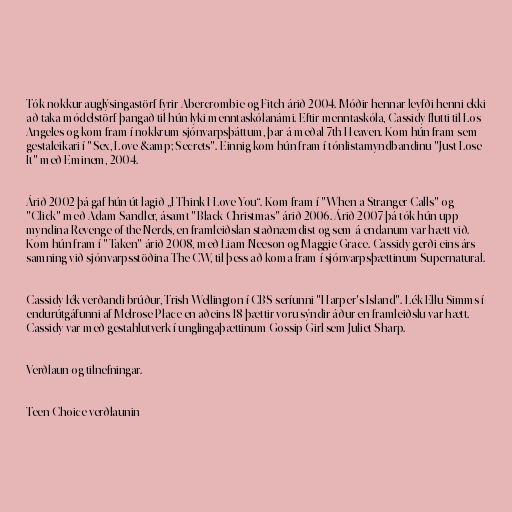
Tók nokkur auglýsingastörf fyrir Abercrombie og Fitch árið 2004. Móðir hennar leyfði henni ekki
að taka módelstörf þangað til hún lyki menntaskólanámi. Eftir menntaskóla, Cassidy flutti til Los
Angeles og kom fram í nokkrum sjónvarpsþáttum, þar á meðal 7th Heaven. Kom hún fram sem
gestaleikari í "Sex, Love &amp; Secrets". Einnig kom hún fram í tónlistamyndbandinu "Just Lose
It" með Eminem, 2004.

Árið 2002 þá gaf hún út lagið „I Think I Love You“. Kom fram í "When a Stranger Calls" og
"Click" með Adam Sandler, ásamt "Black Christmas" árið 2006. Árið 2007 þá tók hún upp
myndina Revenge of the Nerds, en framleiðslan staðnæmdist og sem á endanum var hætt við.
Kom hún fram í "Taken" árið 2008, með Liam Neeson og Maggie Grace. Cassidy gerði eins árs
samning við sjónvarpsstöðina The CW, til þess að koma fram í sjónvarpsþættinum Supernatural.

Cassidy lék verðandi brúður, Trish Wellington í CBS seríunni "Harper's Island". Lék Ellu Simms í
endurútgáfunni af Melrose Place en aðeins 18 þættir voru sýndir áður en framleiðslu var hætt.
Cassidy var með gestahlutverk í unglingaþættinum Gossip Girl sem Juliet Sharp.

Verðlaun og tilnefningar.

Teen Choice verðlaunin